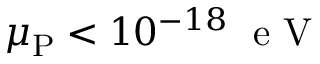
\mu _ { \mathrm { P } } < 1 0 ^ { - 1 8 } \; \mathrm { ~ e ~ V ~ }